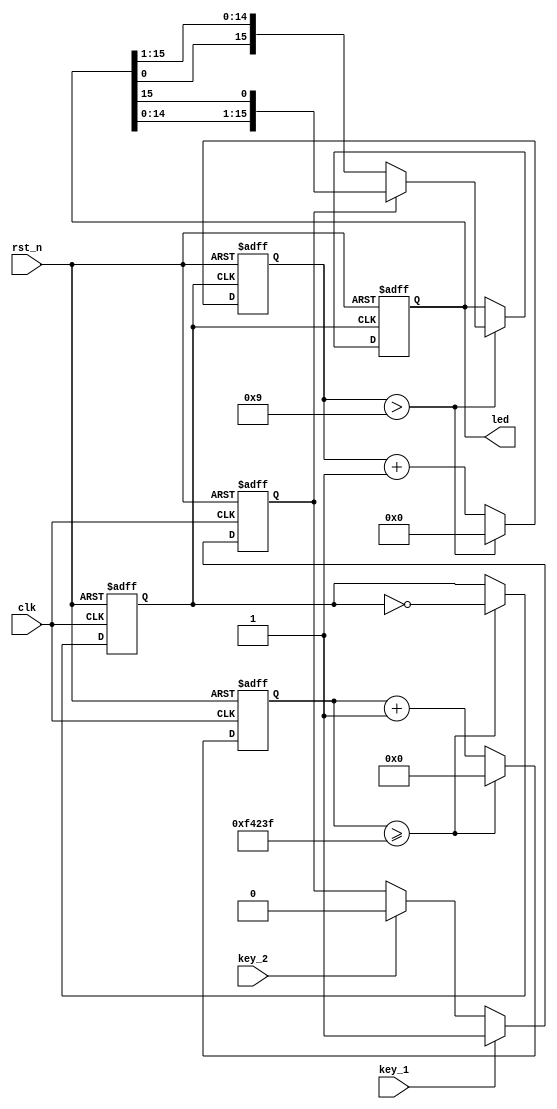
`timescale 1ns / 1ps
//////////////////////////////////////////////////////////////////////////////////
// Company: Tianjin University
// 
// Design Name: 
// Module Name: floatled
// Project Name: 
// Target Devices: 
// Tool Versions: 
// Description: 
// 
// Dependencies: 
// 
// Revision:
// Revision 0.01 - File Created
// Additional Comments:
// 
//////////////////////////////////////////////////////////////////////////////////


module floatled(   
    input clk,
    input rst_n,
    input key_1,key_2,
    output reg [15:0] led
    );

reg direct;
always @(posedge clk or negedge rst_n)
    if(!rst_n)  direct <= 0;
    else
        if(key_1)   direct <= 1;
        else if(key_2)  direct <= 0;
        else    direct <= direct;


reg [19:0] cnt;
reg clk_50hz;
parameter countmax = 20'd999_999;
//parameter countmax = 20'd9_999;

always@(posedge clk or negedge rst_n)
begin
    if(!rst_n)
    begin
        cnt  <= 0;
        clk_50hz <= 0;
    end
    else
    begin
        if(cnt >= countmax)
        begin
            cnt <= 0;
            clk_50hz = ~ clk_50hz;
        end
        else
            cnt <= cnt + 20'd1;
    end
end

reg [3:0] led_count;
always @(posedge clk_50hz or negedge rst_n)
    if(!rst_n)
    begin
        led_count <= 0;
        led <= 16'd1;
    end
    else
        if(led_count >9)
        begin
            led_count <= 0;
            if(direct)
                led <= {led[14:0],led[15]};
            else
                led <= {led[0],led[15:1]};
        end
        else
            led_count <= led_count + 4'd1;
    
    
    
endmodule